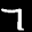
Label: 7